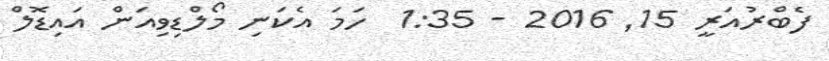
ފެބްރުއަރީ 15